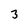
Character: 3